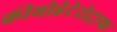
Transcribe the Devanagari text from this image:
कीमोहेटेरोट्राफ